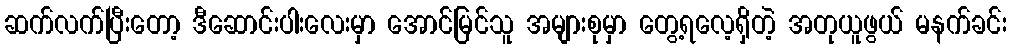
ဆက်လက်ပြီးတော့ ဒီဆောင်းပါးလေးမှာ အောင်မြင်သူ အများစုမှာ တွေ့ရလေ့ရှိတဲ့ အတုယူဖွယ် မနက်ခင်း